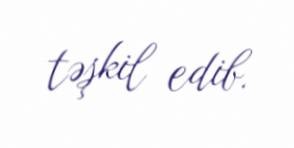
təşkil edib.